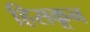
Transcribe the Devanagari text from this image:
हिसकून